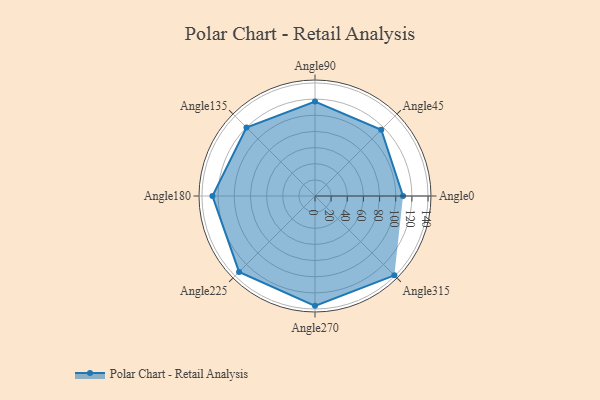
{"axis": {"x": "Angle", "y": "Radius"}, "legend": [""], "data": [{"x": "Angle0", "y": 109.0, "type": ""}, {"x": "Angle45", "y": 116.0, "type": ""}, {"x": "Angle90", "y": 117.0, "type": ""}, {"x": "Angle135", "y": 120.0, "type": ""}, {"x": "Angle180", "y": 127.0, "type": ""}, {"x": "Angle225", "y": 133.0, "type": ""}, {"x": "Angle270", "y": 136.0, "type": ""}, {"x": "Angle315", "y": 139.0, "type": ""}]}